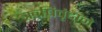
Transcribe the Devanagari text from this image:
ऋषिवृंदाने